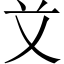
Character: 𰰝